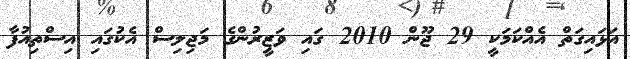
އަޅައިގަތް އެއްކަމަކީ 29 ޖޫން 2010 ގައި ވަޒީރުންގެ މަޖިލިސް އެކުގައި އިސްތިއުފާ